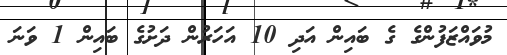
މުވައްޒަފުންގެ ގެ ބައިން އަދި 10 އަހަރުން ދަށުގެ ބައިން 1 ވަނަ